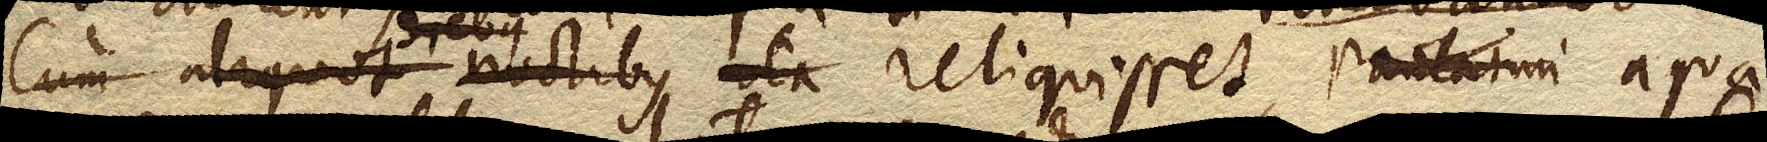
Cum aliquandiu ita reliquisset, paulatim aqua